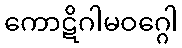
ကောဋိဂါမဝဂ္ဂေါ